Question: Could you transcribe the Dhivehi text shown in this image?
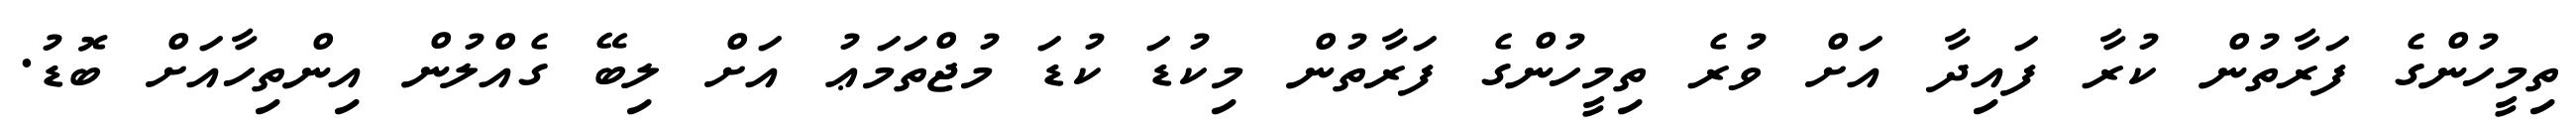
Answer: ތިމީހުންގެ ފަރާތުން ކުރާ ފައިދާ އަށް ވުރެ ތިމީހުންގެ ފަރާތުން މިކުޑަ ކުޑަ މުޖްތަމަޢު އަށް ލިބޭ ގެއްލުން އިންތިހާއަށް ބޮޑު.